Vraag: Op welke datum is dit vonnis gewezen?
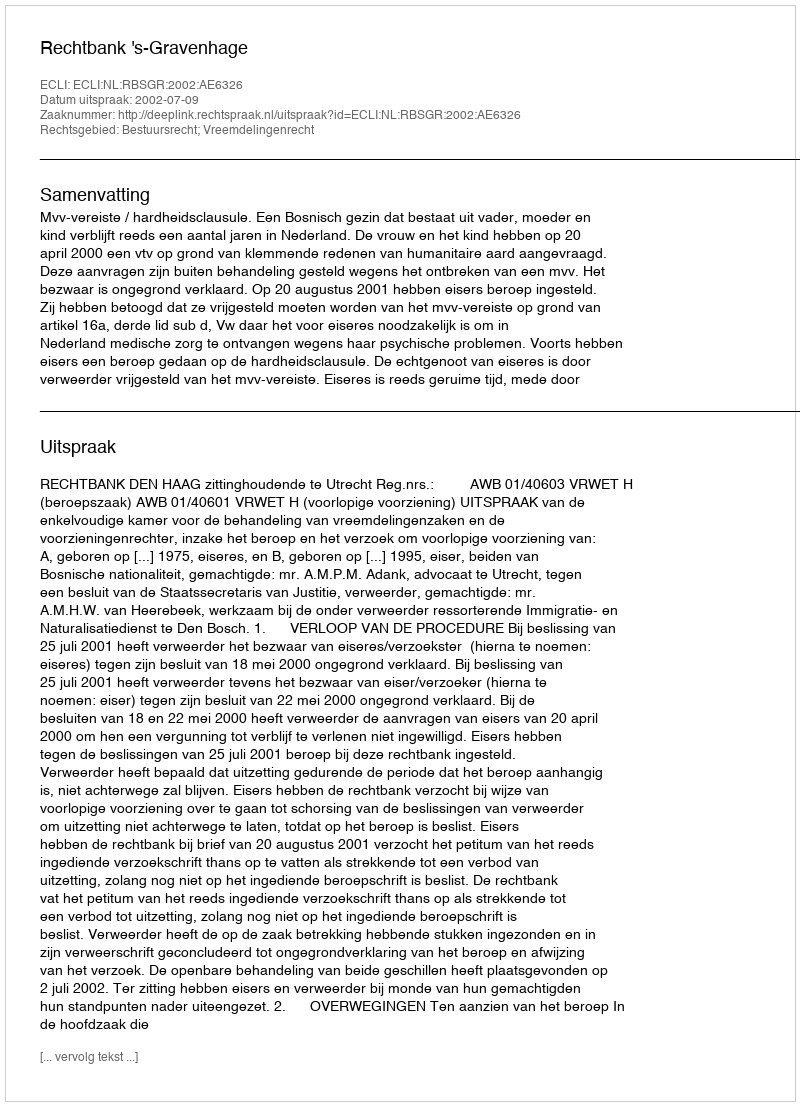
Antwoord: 2002-07-09